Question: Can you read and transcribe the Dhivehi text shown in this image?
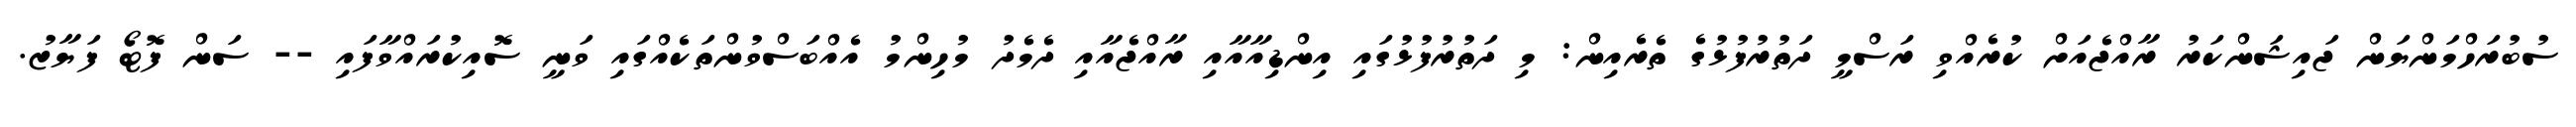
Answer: ސުބުރަހްމަންޔަން ޖައިޝަންކަރު ރާއްޖެއަށް ކުރެއްވި ރަސްމީ ދަތުރުފުޅުގެ ތެރެއިން: މި ދަތުރުފުޅުގައި އިންޑިއާއާއި ރާއްޖެއާއި ދެމެދު މުހިންމު އެއްބަސްވުންތަކެއްގައި ވަނީ ސޮއިކުރައްވާފައި -- ސަން ފޮޓޯ ފަޔާޒު.